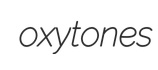
oxytones